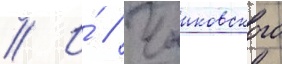
// И́ // Чаиковского